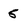
Character: 5